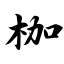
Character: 枷